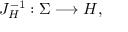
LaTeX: J _ { H } ^ { - 1 } : \Sigma \longrightarrow H ,